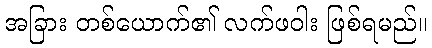
အခြား တစ်ယောက်၏ လက်ဖဝါး ဖြစ်ရမည်။